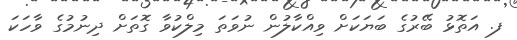
ފ. އަތޮޅު ބޭރުގެ ބަޔަކަށް ވިއްކާލުން ނުވަތަ މިލްކުވާ ގޮތަށް ދިނުމުގެ ވާހަކަ